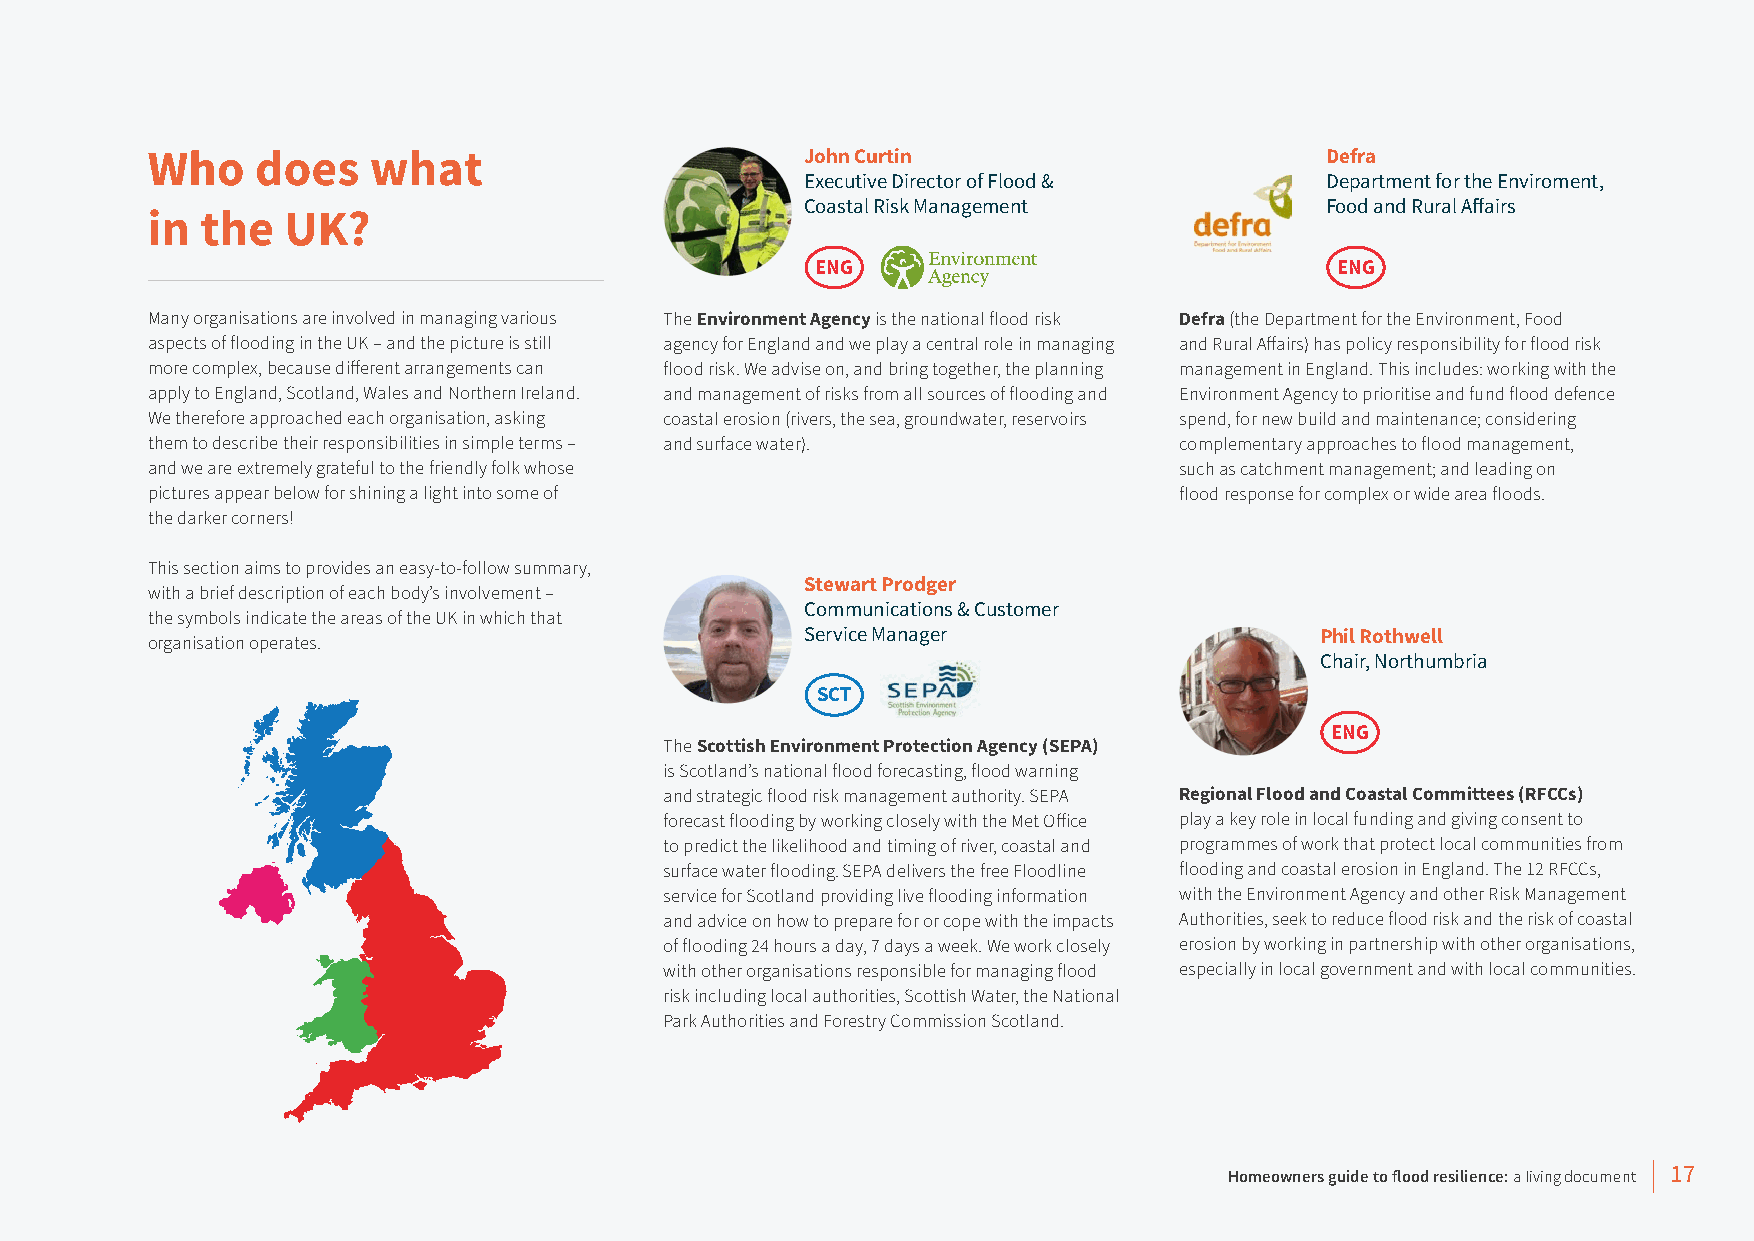
Who    does   what                         John Curtin                        Defra
 Executive Director of Flood &      Department for the Enviroment,
 Coastal Risk Management            Food and Rural Affairs
 in the   UK?
 ENG                               ENG
 Many organisations are involved in managing various The Environment Agency is the national flood risk Defra (the Department for the Environment, Food
 aspects of flooding in the UK – and the picture is still agency for England and we play a central role in managing and Rural Affairs) has policy responsibility for flood risk
 more complex, because different arrangements can flood risk. We advise on, and bring together, the planning management in England. This includes: working with the
 apply to England, Scotland, Wales and Northern Ireland. and management of risks from all sources of flooding and Environment Agency to prioritise and fund flood defence
 We therefore approached each organisation, asking coastal erosion (rivers, the sea, groundwater, reservoirs spend, for new build and maintenance; considering
 them to describe their responsibilities in simple terms – and surface water). complementary approaches to flood management,
 and we are extremely grateful to the friendly folk whose            such as catchment management; and leading on
 pictures appear below for shining a light into some of              flood response for complex or wide area floods.
 the darker corners!
 This section aims to provides an easy-to-follow summary,
 Stewart Prodger
 with a brief description of each body’s involvement –
 Communications & Customer
 the symbols indicate the areas of the UK in which that
 organisation operates.                     Service Manager                   Phil Rothwell
 Chair, Northumbria
 SCT
 ENG
 The Scottish Environment Protection Agency (SEPA)
 is Scotland’s national flood forecasting, flood warning
 and strategic flood risk management authority. SEPA Regional Flood and Coastal Committees (RFCCs)
 forecast flooding by working closely with the Met Office play a key role in local funding and giving consent to
 to predict the likelihood and timing of river, coastal and programmes of work that protect local communities from
 surface water flooding. SEPA delivers the free Floodline flooding and coastal erosion in England. The 12 RFCCs,
 service for Scotland providing live flooding information with the Environment Agency and other Risk Management
 and advice on how to prepare for or cope with the impacts Authorities, seek to reduce flood risk and the risk of coastal
 of flooding 24 hours a day, 7 days a week. We work closely erosion by working in partnership with other organisations,
 with other organisations responsible for managing flood especially in local government and with local communities.
 risk including local authorities, Scottish Water, the National
 Park Authorities and Forestry Commission Scotland.
 Homeowners guide to flood resilience: a living document 17